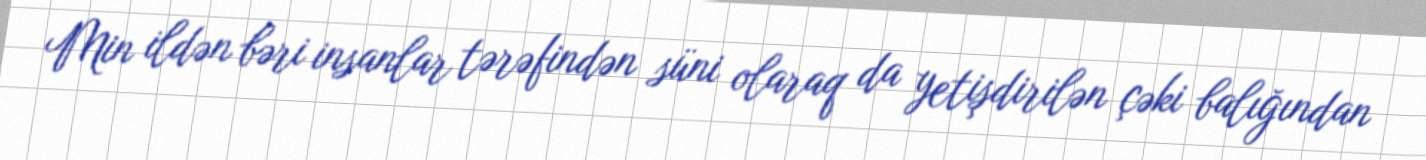
Min ildən bəri insanlar tərəfindən süni olaraq da yetişdirilən çəki balığından